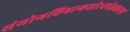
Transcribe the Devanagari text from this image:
संयोगविभागयोरनपेक्षकारणं